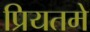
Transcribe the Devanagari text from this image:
प्रियतमे